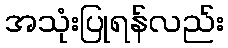
အသုံးပြုရန်လည်း